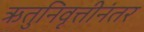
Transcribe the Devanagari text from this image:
ऋतुनिवृत्तीनंतर